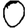
Digit: 0